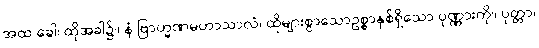
အထ ခေါ၊ ထိုအခါ၌။ နံ ဗြာဟ္မဏမဟာသာလံ၊ ထိုများစွာသောဥစ္စာနှစ်ရှိသော ပုဏ္ဏားကို။ ပုတ္တာ၊